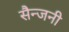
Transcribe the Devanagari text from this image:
सैन्जनी